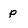
Character: p